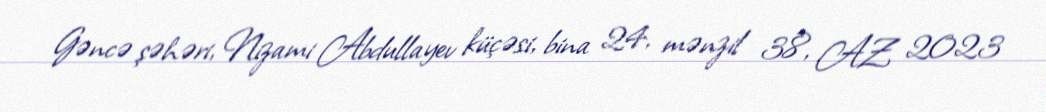
Gəncə şəhəri, Nizami Abdullayev küçəsi, bina 24, mənzil 38, AZ 2023